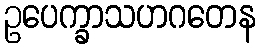
ဥပေက္ခာသဟဂတေန